Destruction of fleas by exposure to the sun - Number 40
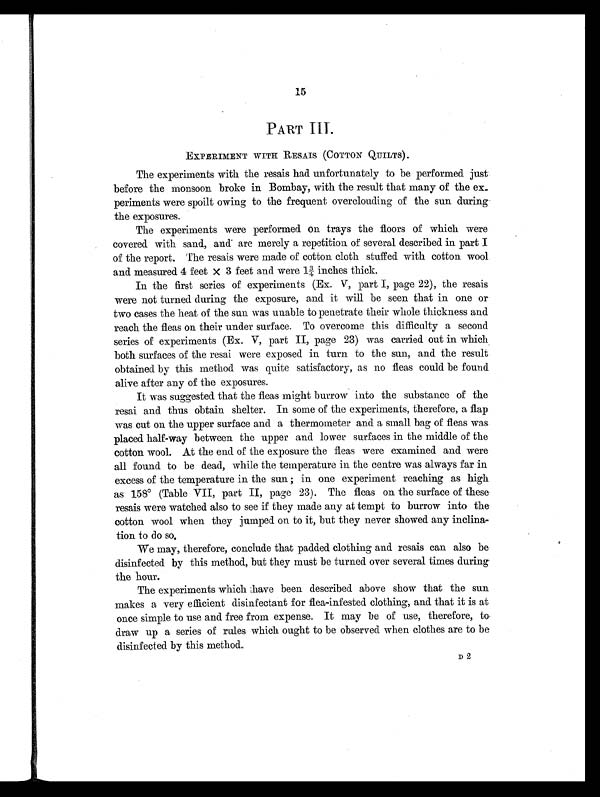
15
PART III.
EXPERIMENT WITH RESAIS (COTTON QUILTS).
The experiments with the resais had unfortunately to be performed just
before the monsoon broke in Bombay, with the result that many of the ex
periments were spoilt owing to the frequent overclouding of the sun during
the exposures.
The experiments were performed on trays the floors of which were
covered with sand, and are merely a repetition of several described in part I
of the report. The resais were made of cotton cloth stuffed with cotton wool
and measured 4 feet x 3 feet and were 1¾ inches thick.
In the first series of experiments (Ex. V, part I, page 22), the resais
were not turned during the exposure, and it will be seen that in one or
two cases the heat of the sun was unable to penetrate their whole thickness and
reach the fleas on their under surface. To overcome this difficulty a second
series of experiments (Ex. V, part II, page 23) was carried out in which
both surfaces of the resai were exposed in turn to the sun, and the result
obtained by this method was quite satisfactory, as no fleas could be found
alive after any of the exposures.
It was suggested that the fleas might burrow into the substance of the
resai and thus obtain shelter. In some of the experiments, therefore, a flap
was cut on the upper surface and a thermometer and a small bag of fleas was
placed half-way between the upper and lower surfaces in the middle of the
cotton wool. At the end of the exposure the fleas were examined and were
all found to be dead, while the temperature in the centre was always far in
excess of the temperature in the sun; in one experiment reaching as high
as 158° (Table VII, part II, page 23). The fleas on the surface of these
resais were watched also to see if they made any at tempt to burrow into the
cotton wool when they jumped on to it, but they never showed any inclina-
tion to do so.
We may, therefore, conclude that padded clothing and resais can also be
disinfected by this method, but they must be turned over several times during
the hour.
The experiments which have been described above show that the sun
makes a very efficient disinfectant for flea-infested clothing, and that it is at
once simple to use and free from expense. It may be of use, therefore, to
draw up a series of rules which ought to be observed when clothes are to be
disinfected by this method.
D2